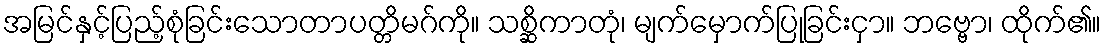
အမြင်နှင့်ပြည့်စုံခြင်းသောတာပတ္တိမဂ်ကို။ သစ္ဆိကာတုံ၊ မျက်မှောက်ပြုခြင်းငှာ။ ဘဗ္ဗော၊ ထိုက်၏။